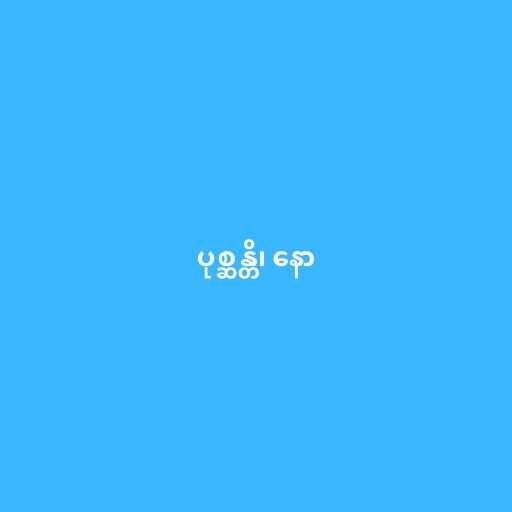
ပုစ္ဆန္တိ၊ နော